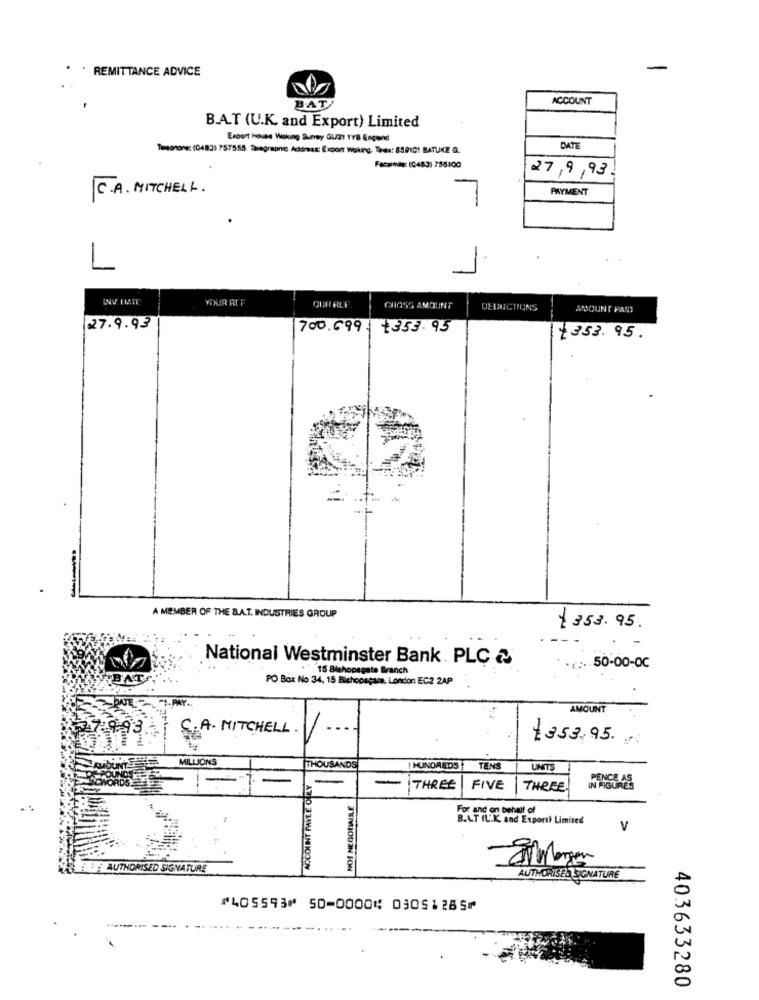
. REMITTANCE ADVICE
ACCOUNT
BAT
B.A.T (U.K. and Export) Limited
Export House Waking Surrey GU21 1Y8 Eacund
Temonone: (04833 757555. 2sagrapne Address: Export Woking. Thea: 859101 BATUKE G.
DATE
Facsimile: (0483) 756100
27/9,93
C . A . MITCHELL .
PAYMENT
INV LIATE
YOUR RLF
CROSS AMOUNT
DELANICTIONS
AMOUNT PANT
27.9.93
700.699. +353.95
+353. 95.
A MEMBER OF THE BAT. INDUSTRIES GROUP
1 353.95.
National Westminster Bank . PLC 2
.15 Bishopsgate Branch
r. 50-00-0℃
BATA
PO Box No 34, 15 Bichonagame, London EC2 2AP
-PAY ..
AMOUNT
2.93.
C. A. MITCHELL.
£353.95 ...
MILLIONS
ACCOUNT PAYEE ONLY
THOUSANDS
| HUNDREDS
TENS
LIMITS
PENCE AS
-
THREE
FIVE
THERE
and on behalf of
B.L.T IL.K. And Exporth Limited
V
B AUTHORISED SIGNATURE
TYMIODIN FON
AUTHORISED SIGNATURE
⑈405593⑈ 50⑉0000⑆ 03051285⑈
403633280